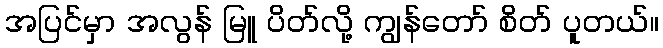
အပြင်မှာ အလွန် မြူ ပိတ်လို့ ကျွန်တော် စိတ် ပူတယ်။